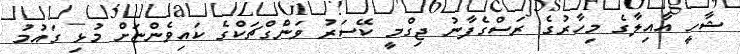
ޝާހީ އާއިލާގެ މިހާރުގެ ރަސްގެފާނު ޖިގްމީ ކޭސަރު ވަންގްޗަކްގެ ކައިވެންޏަށް މުޅި ގައުމު